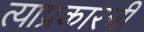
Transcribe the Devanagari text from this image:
त्याप्रकारची